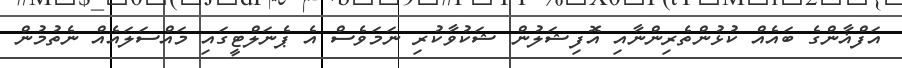
އަފްޣާންގެ ބައެއް ކުޅުންތެރިންނާއި އޮފިޝަލުން ޝަކުވާކުރި ނަމަވެސް އެ ޕެނަލްޓީގައި މައްސަލައެއް ނެތުމުން